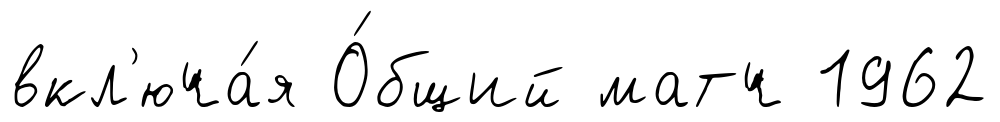
вкл'юча́я О́бщий матч 1962